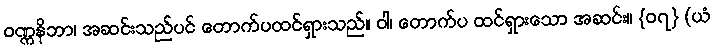
ဝဏ္ဏနိဘာ၊ အဆင်းသည်ပင် တောက်ပထင်ရှားသည်။ ဝါ၊ တောက်ပ ထင်ရှားသော အဆင်း။ {၀၇} (ယံ